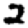
Digit: 2